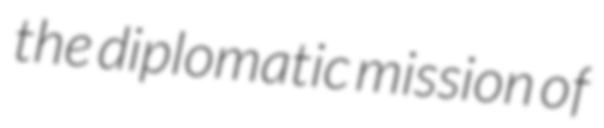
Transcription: the diplomatic mission of